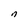
Character: n